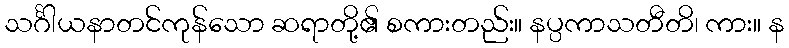
သင်္ဂါယနာတင်ကုန်သော ဆရာတို့၏ စကားတည်း။ နပ္ပကာသတီတိ၊ ကား။ န